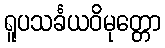
ရူပသင်္ခယဝိမုတ္တော